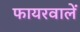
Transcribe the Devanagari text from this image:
फायरवालें